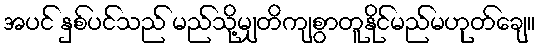
အပင် နှစ်ပင်သည် မည်သို့မျှတိကျစွာတူနိုင်မည်မဟုတ်ချေ။